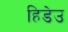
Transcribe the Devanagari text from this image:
हिडेउ